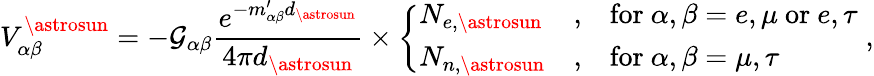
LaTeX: V_{\alpha\beta}^{\astrosun}=-\mathcal{G}_{\alpha\beta}\frac{e^{-m_{\alpha\beta}^{\prime}d_{\astrosun}}}{4\pi d_{\astrosun}}\times\left\{ \begin{array}{lll}{N_{e,\astrosun}}&{,}&{\mathrm{for}~\alpha,\beta=e,\mu~\mathrm{or}~e,\tau}\\ {N_{n,\astrosun}}&{,}&{\mathrm{for}~\alpha,\beta=\mu,\tau}\end{array}\right.\; ,